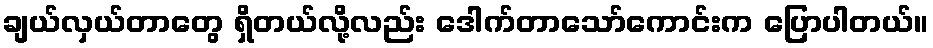
ချယ်လှယ်တာတွေ ရှိတယ်လို့လည်း ဒေါက်တာသော်ကောင်းက ပြောပါတယ်။